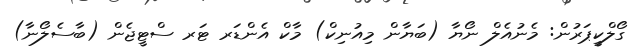
ގޯލްކީޕަރުން: މެނުއެލް ނޯޔާ (ބަޔާން މިއުނިކް) މާކް އެންޑަރ ޓަރ ސްޓީޖެން (ބާސެލޯނާ)